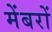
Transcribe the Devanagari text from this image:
मेंबरों